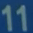
11